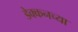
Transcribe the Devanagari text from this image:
डेक्कनच्या